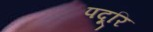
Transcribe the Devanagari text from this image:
पदूरि